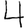
Digit: 4